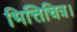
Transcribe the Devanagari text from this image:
भित्तिचित्र।